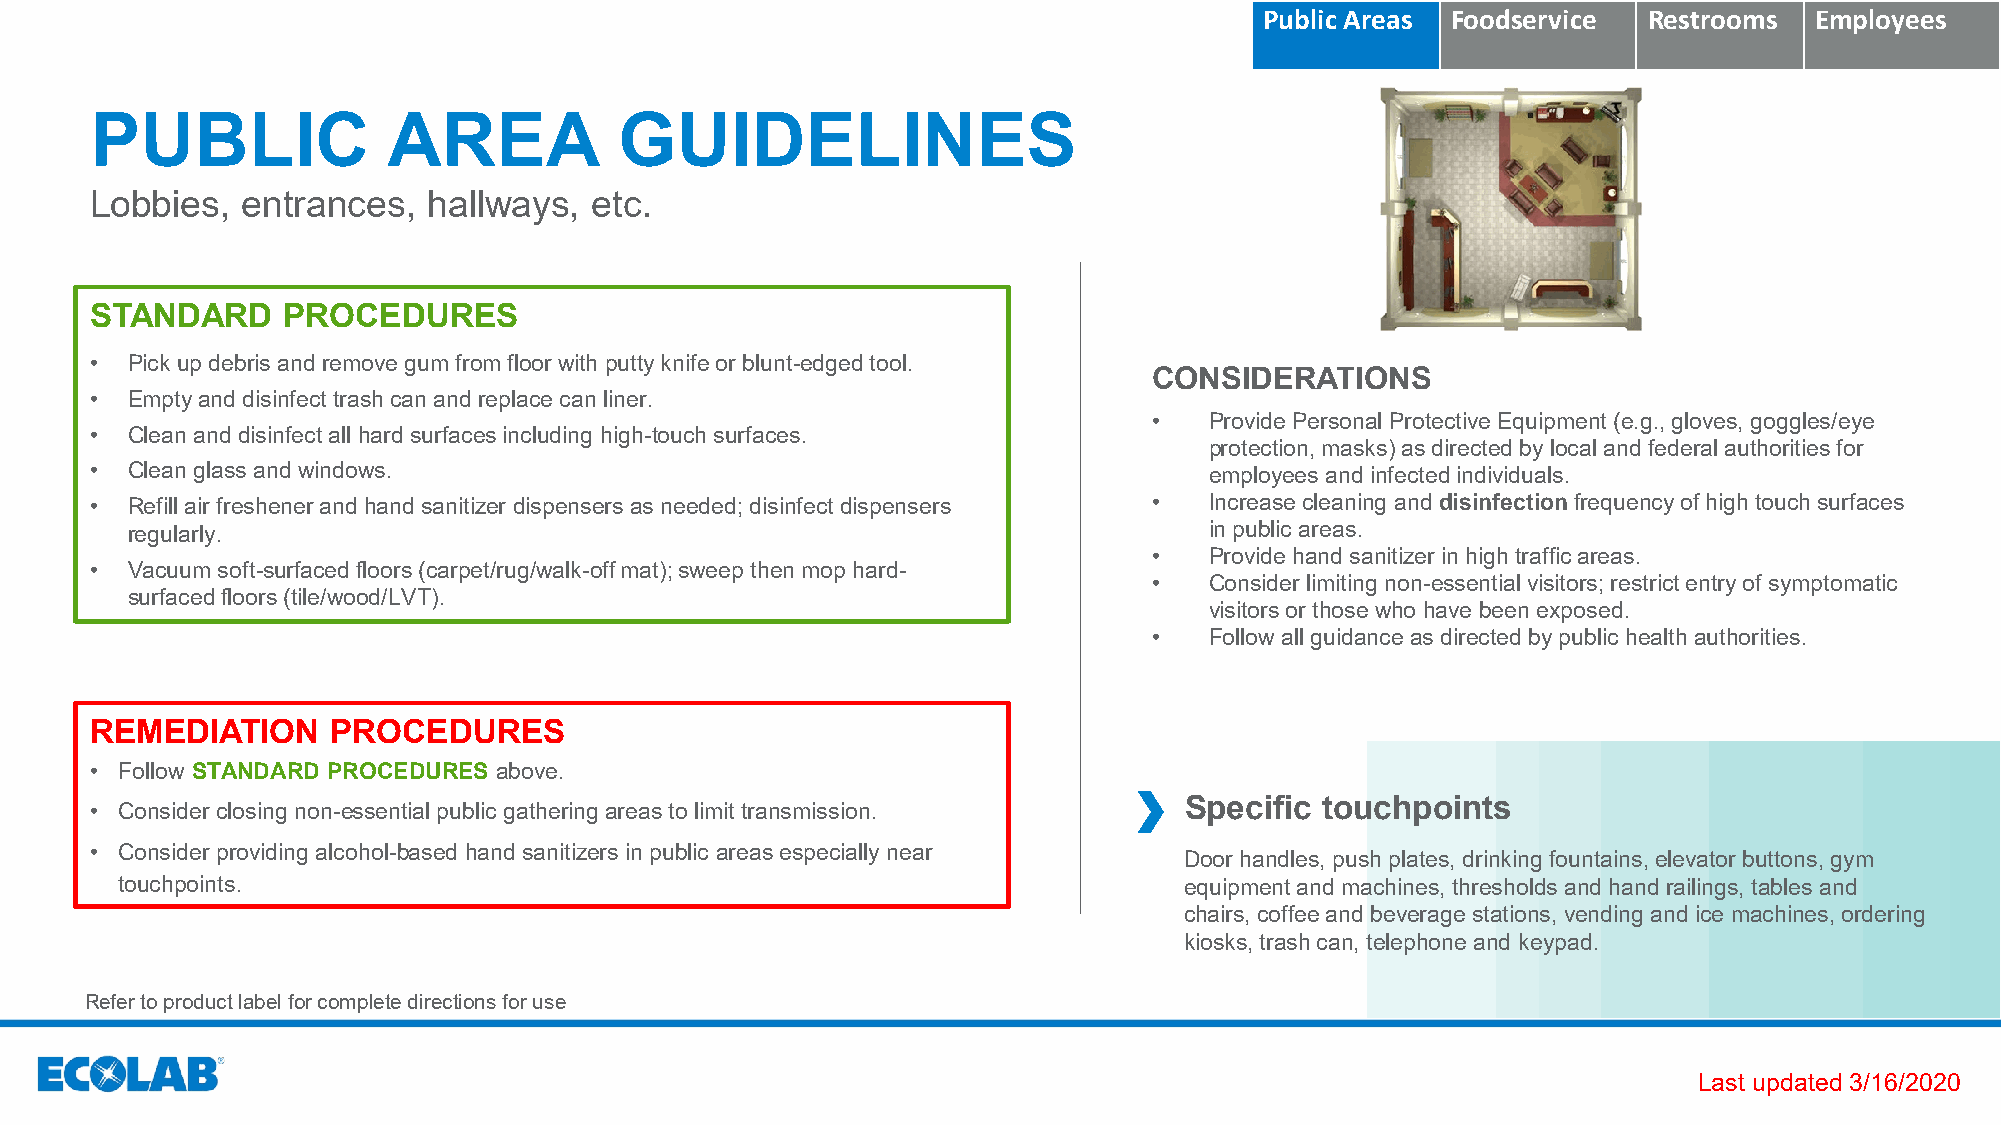
Public Areas Foodservice Restrooms  Employees
 PUBLIC              AREA           GUIDELINES
 Lobbies,  entrances,  hallways,  etc.
 STANDARD     PROCEDURES
 • Pick up debris and remove gum from floor with putty knife or blunt-edged tool.
 CONSIDERATIONS
 • Empty and disinfect trash can and replace can liner.
 •   Provide Personal Protective Equipment (e.g., gloves, goggles/eye
 • Clean and disinfect all hard surfaces including high-touch surfaces.
 protection, masks) as directed by local and federal authorities for
 • Clean glass and windows.                                                employees and infected individuals.
 • Refill air freshener and hand sanitizer dispensers as needed; disinfect dispensers • Increase cleaning and disinfectionfrequency of high touch surfaces
 regularly.                                                              in public areas.
 •   Provide hand sanitizer in high traffic areas.
 • Vacuum soft-surfaced floors (carpet/rug/walk-off mat); sweep then mop hard-
 •   Consider limiting non-essential visitors; restrict entry of symptomatic
 surfaced floors (tile/wood/LVT).
 visitors or those who have been exposed.
 •   Follow all guidance as directed by public health authorities.
 REMEDIATION     PROCEDURES
 • Follow STANDARD PROCEDURES above.
 • Consider closing non-essential public gathering areas to limit transmission. Specific touchpoints
 • Consider providing alcohol-based hand sanitizers in public areas especially near
 Door handles, push plates, drinking fountains, elevator buttons, gym
 touchpoints.                                                          equipment and machines, thresholds and hand railings, tables and
 chairs, coffee and beverage stations, vending and ice machines, ordering
 kiosks, trash can, telephone and keypad.
 Refer to product label for complete directions for use
 Last updated 3/16/2020